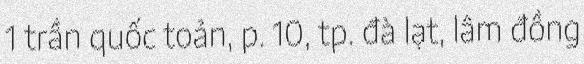
1 trần quốc toản, p. 10, tp. đà lạt, lâm đồng